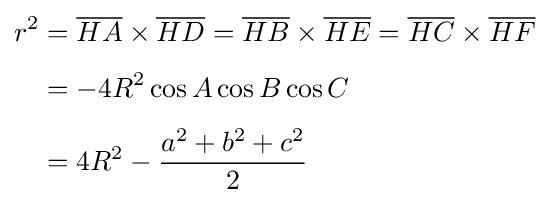
\displaystyle {\begin{aligned}r^{2}&={\overline {HA}}\times {\overline {HD}}={\overline {HB}}\times {\overline {HE}}={\overline {HC}}\times {\overline {HF}}\\[4pt]&=-4R^{2}\cos A\cos B\cos C\\[4pt]&=4R^{2}-{\frac {a^{2}+b^{2}+c^{2}}{2}}\end{aligned}}